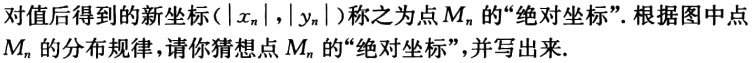
对值后得到的新坐标\((|x_{n}|,|y_{n}|)\)称之为点\(M_{n}\)的“绝对坐标”. 根据图中点\(M_{n}\)的分布规律，请你猜想点\(M_{n}\)的“绝对坐标”，并写出来.